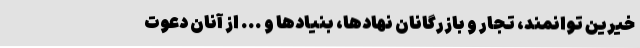
خیرین توانمند، تجار و بازرگانان نهادها، بنیادها و ... از آنان دعوت